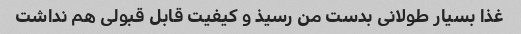
غذا بسیار طولانی بدست من رسیذ و کیفیت قابل قبولی هم نداشت